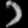
Digit: ၁